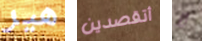
هير أتقصدين لا